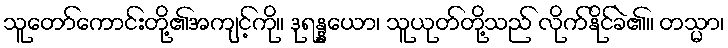
သူတော်ကောင်းတို့၏အကျင့်ကို။ ဒုရန္နယော၊ သူယုတ်တို့သည် လိုက်နိုင်ခဲ၏။ တသ္မာ၊